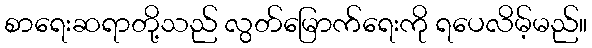
စာရေးဆရာတို့သည် လွတ်မြောက်ရေးကို ရပေလိမ့်မည်။